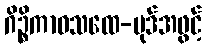
ဂိဉ္စိကာဝသထေ-ပုဒ်အဖွင့်